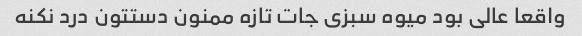
واقعا عالی بود میوه سبزی جات تازه ممنون دستتون درد نکنه